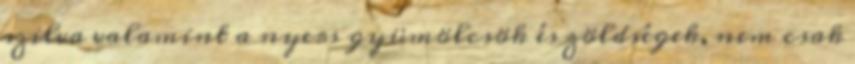
szilva valamint a nyers gyümölcsök és zöldségek, nem csak